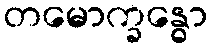
တမောက္ခန္ဓော